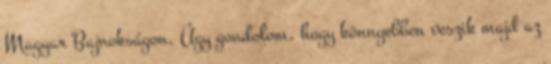
Magyar Bajnokságon. Úgy gondolom, hogy könnyebben veszik majd az